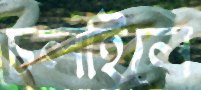
চলাইলে